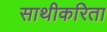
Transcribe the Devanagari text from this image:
साथीकरिता